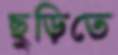
ছুড়িতে